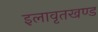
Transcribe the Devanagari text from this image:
इलावृतखण्ड